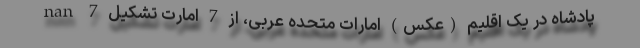
nan 7 پادشاه در یک اقلیم (عکس) امارات متحده عربی، از 7 امارت تشکیل